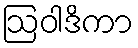
ဩဝါဒိကာ